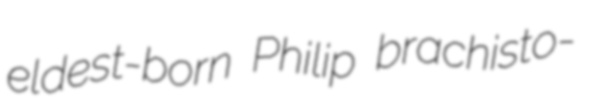
eldest-born Philip brachisto-